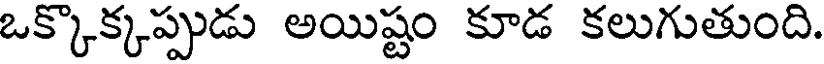
ఒక్కొక్కప్పుడు అయిష్టం కూడ కలుగుతుంది.